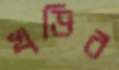
খড়ির